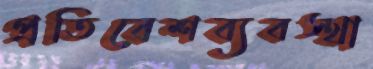
প্রতিবেশব্যবস্থা